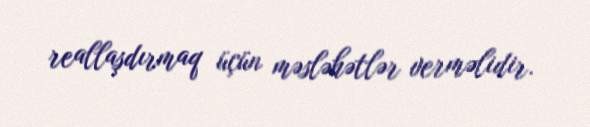
reallaşdırmaq üçün məsləhətlər verməlidir.